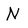
Character: N